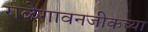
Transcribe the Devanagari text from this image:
राळेगावनजीकच्या